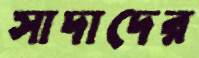
সাদাদের